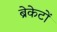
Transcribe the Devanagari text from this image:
ब्रेकेटों